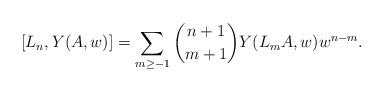
LaTeX: \begin{align*}[L_{n},Y(A,w)]=\sum_{m\ge -1}\binom{n+1}{m+1}Y(L_{m}A,w)w^{n-m}.\end{align*}